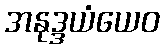
အနုဒ္ဒယံယေဝ